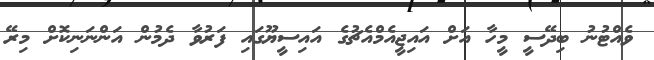
ވެއްޓުނު ބިދޭސީ މީހާ އަށް އައިޖީއެމްއެޗުގެ އައިސީޔޫގައި ފަރުވާ ދެމުން އަންނަނިކޮށް މިރޭ